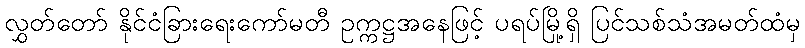
လွှတ်တော် နိုင်ငံခြားရေးကော်မတီ ဥက္ကဋ္ဌအနေဖြင့် ပရပ်မြို့ရှိ ပြင်သစ်သံအမတ်ထံမှ